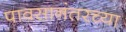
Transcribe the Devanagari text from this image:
पावसानंतरच्या